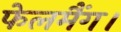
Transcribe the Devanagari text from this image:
फेलमैंग।